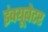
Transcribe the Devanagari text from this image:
इंक्यूबेटर